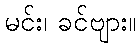
မင်း၊ ခင်ဗျား။